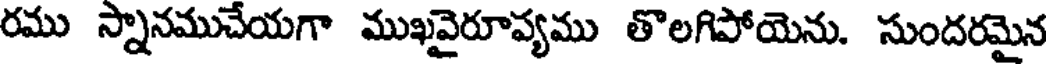
రము స్నానముచేయగా ముఖవైరూవ్యము తొలగిపోయెను. సుందరమైన